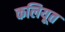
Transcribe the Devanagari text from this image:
कलियूत